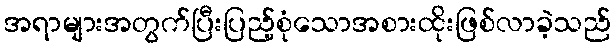
အရာများအတွက်ပြီးပြည့်စုံသောအစားထိုးဖြစ်လာခဲ့သည်